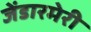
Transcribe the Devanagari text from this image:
जेंडारमेरी